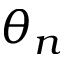
\theta _ { n }